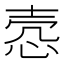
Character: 悫